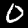
Digit: 0